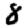
Digit: 8